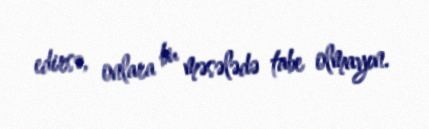
edirsə, onlara bu məsələdə tabe olmayın.